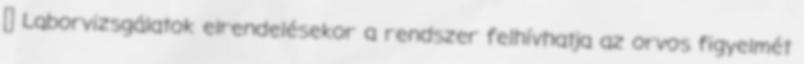
 Laborvizsgálatok elrendelésekor a rendszer felhívhatja az orvos figyelmét